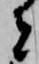
者